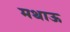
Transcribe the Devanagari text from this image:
मथाऊ